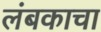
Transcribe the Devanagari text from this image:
लंबकाचा